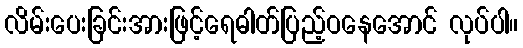
လိမ်းပေးခြင်းအားဖြင့်ရေဓါတ်ပြည့်ဝနေအောင် လုပ်ပါ။